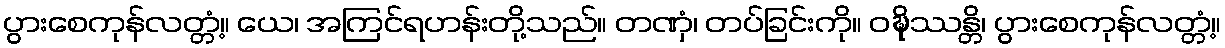
ပွားစေကုန်လတ္တံ့။ ယေ၊ အကြင်ရဟန်းတို့သည်။ တဏှံ၊ တပ်ခြင်းကို။ ဝဍ္ဎိဿန္တိ၊ ပွားစေကုန်လတ္တံ့။